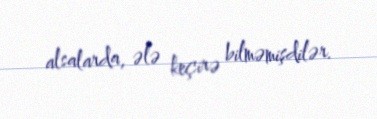
alsalarda, ələ keçirə bilməmişdilər.